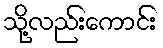
သို့လည်းကောင်း